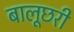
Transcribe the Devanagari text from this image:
बालूछरी